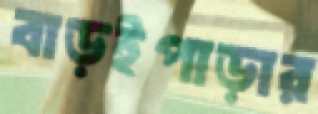
বাড়ইপাড়ার